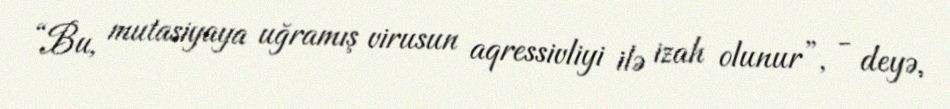
“Bu, mutasiyaya uğramış virusun aqressivliyi ilə izah olunur”, - deyə,